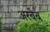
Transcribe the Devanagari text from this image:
अरबेब